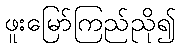
ဖူးမြော်ကြည်ညို၍